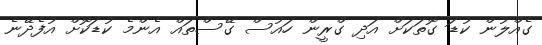
ގެއްލުން ކުޑަ ގޮތަކަށް އަދި ގްރީން ހައުސް ގޭސްތައް އެންމެ ކުޑަކޮށް އުފެދޭނެ